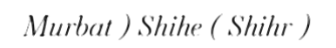
Murbat ) Shihe ( Shihr )